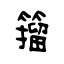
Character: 籀